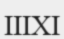
ІІІХІ